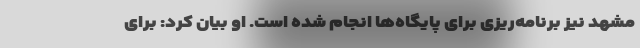
مشهد نیز برنامه‌ریزی برای پایگاه‌ها انجام شده است. او بیان کرد: برای